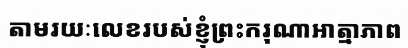
តាមរយៈលេខរបស់ខ្ញុំព្រះករុណាអាត្មាភាព